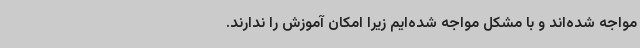
مواجه شده‌اند و با مشکل مواجه شده‌ایم زیرا امکان آموزش را ندارند.